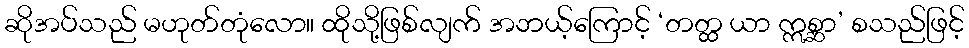
ဆိုအပ်သည် မဟုတ်တုံလော။ ထိုသို့ဖြစ်လျက် အဘယ့်ကြောင့် ‘တတ္ထ ယာ ဣစ္ဆာ’ စသည်ဖြင့်